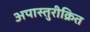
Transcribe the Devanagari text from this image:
अपास्तुरीक्रित